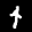
Label: 4